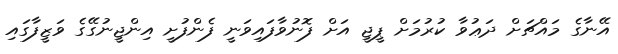
އޭނާގެ މައްޗަށް ދަޢުވާ ކުރުމަށް ޕީޖީ އަށް ފޮނުވާފައިވަނީ ފެންފުށީ އިންޖީނުގޭގެ ވަޒީފާގައި